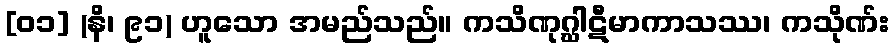
[၀၁] (နိ၊ ၉၁) ဟူသော အမည်သည်။ ကသိဏုဂ္ဃါဋီမာကာသဿ၊ ကသိုဏ်း